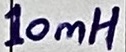
Text: 10mH